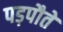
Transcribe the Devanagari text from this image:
पड़पौते